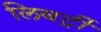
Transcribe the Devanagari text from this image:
लिबर्ट्री